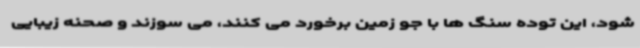
شود، این توده سنگ ها با جو زمین برخورد می کنند، می سوزند و صحنه زیبایی